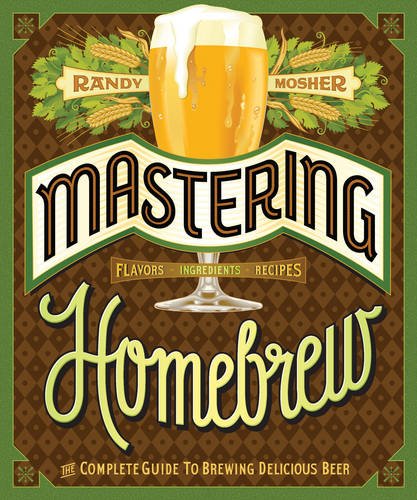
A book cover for Mastering Homebrew: The Complete Guide to Brewing Delicious Beer; Randy Mosher; Cookbooks, Food & Wine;